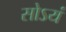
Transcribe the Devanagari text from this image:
सोऽयं